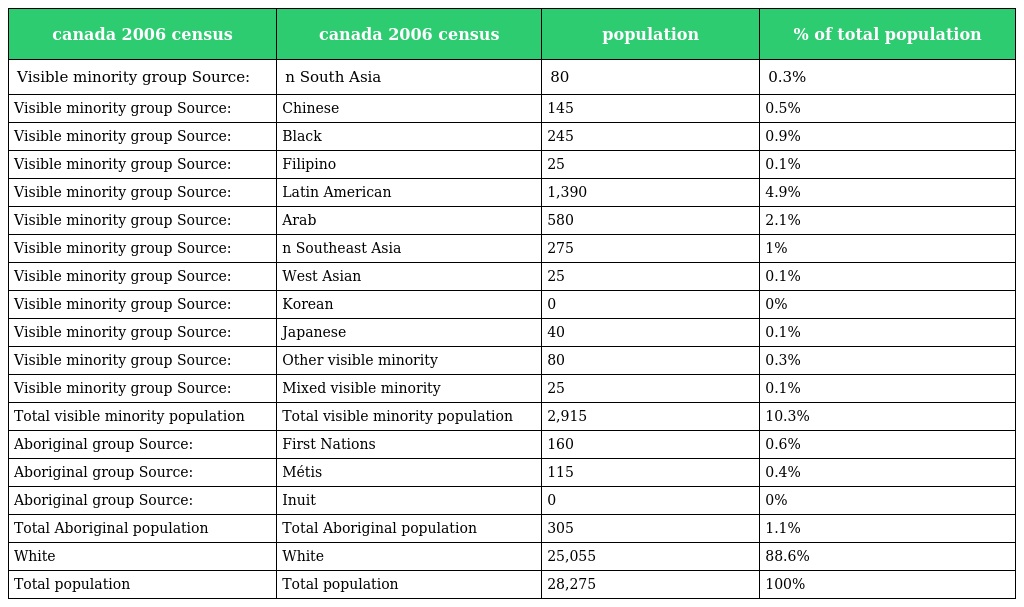
| canada 2006 census | canada 2006 census | population | % of total population |
 | --- | --- | --- | --- |
 | Visible minority group Source: | n South Asia | 80 | 0.3% |
 | Visible minority group Source: | Chinese | 145 | 0.5% |
 | Visible minority group Source: | Black | 245 | 0.9% |
 | Visible minority group Source: | Filipino | 25 | 0.1% |
 | Visible minority group Source: | Latin American | 1,390 | 4.9% |
 | Visible minority group Source: | Arab | 580 | 2.1% |
 | Visible minority group Source: | n Southeast Asia | 275 | 1% |
 | Visible minority group Source: | West Asian | 25 | 0.1% |
 | Visible minority group Source: | Korean | 0 | 0% |
 | Visible minority group Source: | Japanese | 40 | 0.1% |
 | Visible minority group Source: | Other visible minority | 80 | 0.3% |
 | Visible minority group Source: | Mixed visible minority | 25 | 0.1% |
 | Total visible minority population | Total visible minority population | 2,915 | 10.3% |
 | Aboriginal group Source: | First Nations | 160 | 0.6% |
 | Aboriginal group Source: | Métis | 115 | 0.4% |
 | Aboriginal group Source: | Inuit | 0 | 0% |
 | Total Aboriginal population | Total Aboriginal population | 305 | 1.1% |
 | White | White | 25,055 | 88.6% |
 | Total population | Total population | 28,275 | 100% |